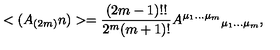
< ( A _ { ( 2 m ) } n ) > = \frac { ( 2 m - 1 ) ! ! } { 2 ^ { m } ( m + 1 ) ! } A ^ { \mu _ { 1 } \ldots \mu _ { m } } { } _ { \mu _ { 1 } \ldots \mu _ { m } } ,